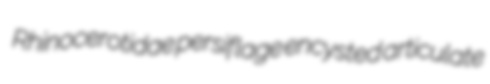
Rhinocerotidae persiflage encysted articulate